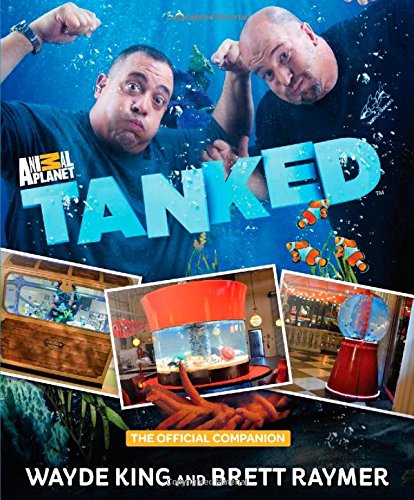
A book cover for Tanked: The Official Companion; Wayde De King; Crafts, Hobbies & Home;